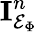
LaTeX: \mathbf{I}_{\mathcal{E}_{\Phi}}^{n}